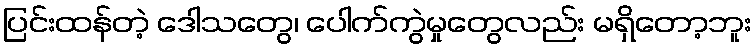
ပြင်းထန်တဲ့ ဒေါသတွေ၊ ပေါက်ကွဲမှုတွေလည်း မရှိတော့ဘူး